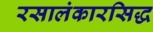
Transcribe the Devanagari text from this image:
रसालंकारसिद्ध